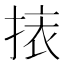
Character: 𢮯